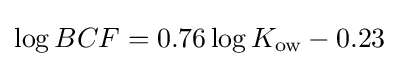
\log BCF=0.76\log K_{\text{ow}}-0.23